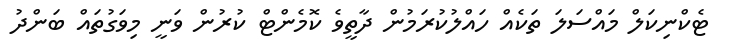
ޓެކްނިކަލް މައްސަލަ ތަކެއް ހައްލުކުރަމުން ދާތީވެ ކޮމެންޓް ކުރުން ވަނީ މިވަގުތައް ބަންދު